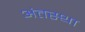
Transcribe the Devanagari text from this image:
अंंतस्था